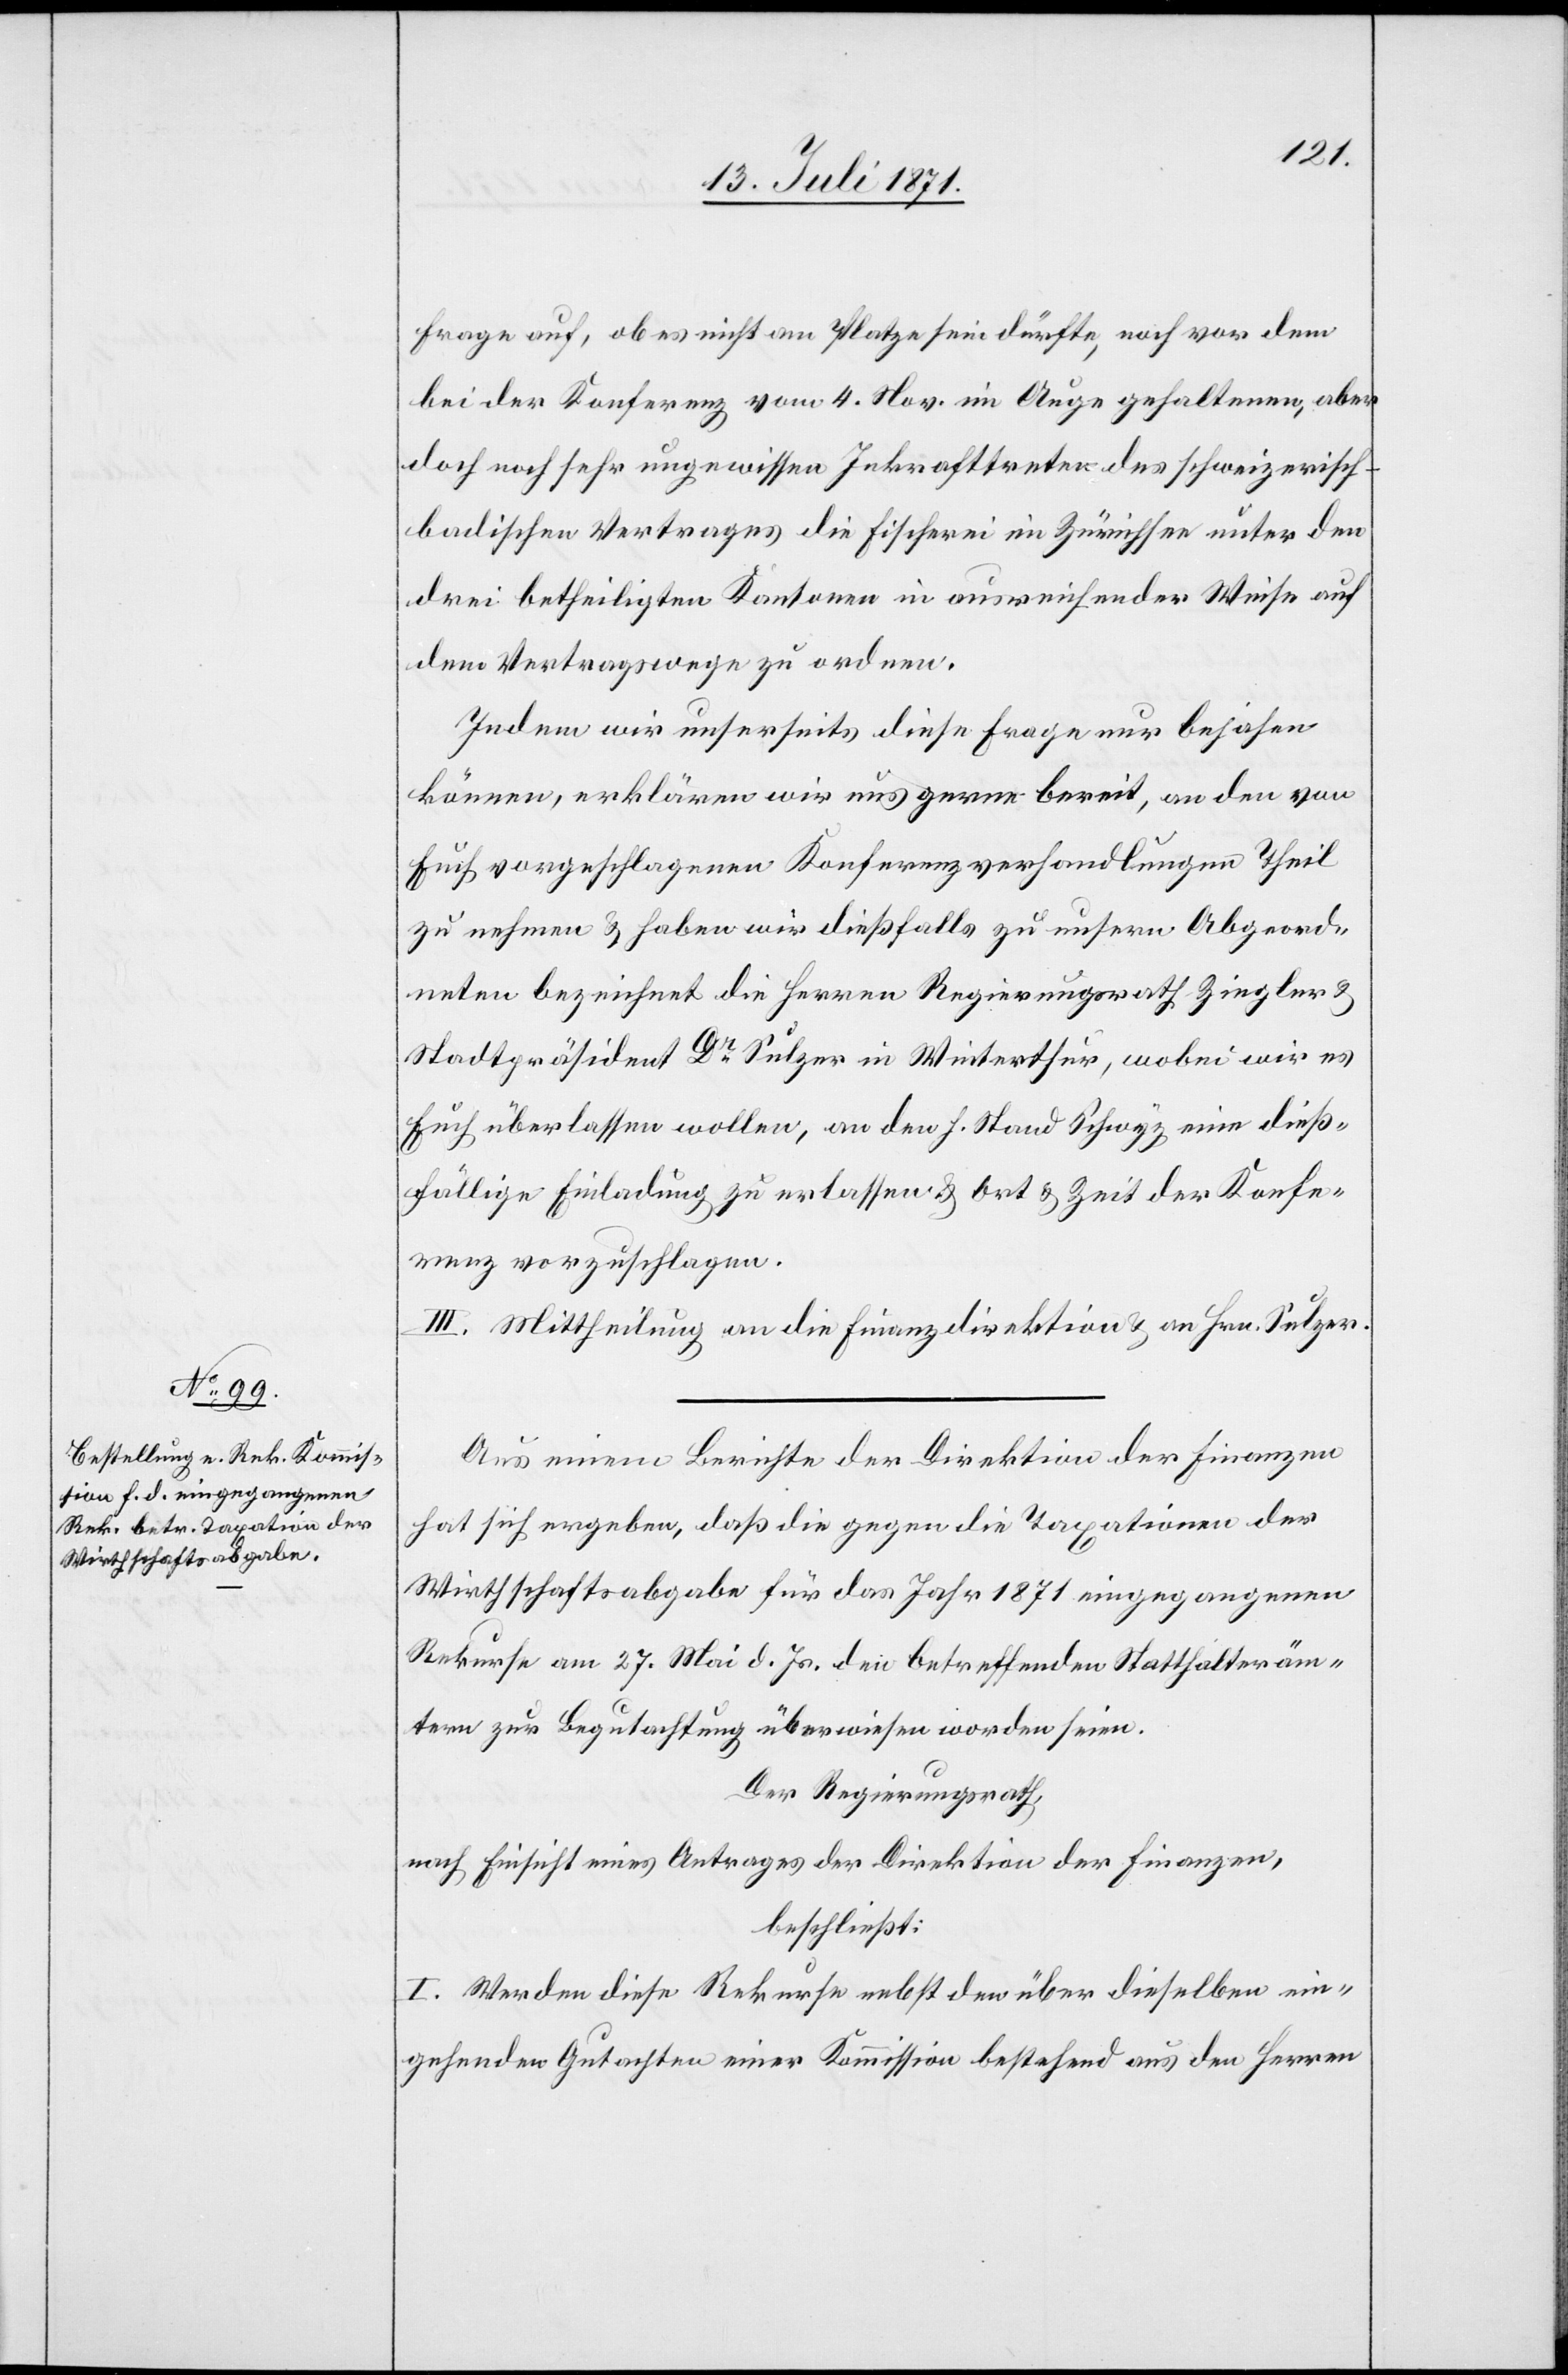
Frage auf, ob es nicht am Platze sein dürfte, noch vor dem
bei der Konferenz vom 4. Nov. im Auge gehaltenen, aber
doch noch sehr ungewissen Inkrafttreten des schweizerisc¬
h-badischen Vertrages die Fischerei im Zürichsee unter den
drei betheiligten Kantonen in ausreichender Weise auf
dem Vertragswege zu ordnen.
Indem wir unserseits diese Frage nur bejahen
können, erklären wir uns gerne bereit, an den von
Euch vorgeschlagenen Konferenzverhandlungen Theil
zu nehmen u. haben wir dießfalls zu unsern Abgeord¬
neten bezeichnet die Herren Regierungsrath Ziegler u.
Stadtpräsident Dr. Sulzer in Winterthur, wobei wir es
Euch überlassen wollen, an den H. Stand Schwyz eine dieß¬
fällige Einladung zu erlassen u. Ort u. Zeit der Konfe¬
renz vorzuschlagen.
III. Mittheilung an die Finanzdirektion u. an Hrn. Sulzer.
Aus einem Berichte der Direktion der Finanzen
hat sich ergeben, daß die gegen die Taxationen der
Wirthschaftsabgabe für das Jahr 1871 eingegangenen
Rekurse am 27. Mai d. Js. den betreffenden Statthalteräm¬
tern zur Begutachtung überwiesen worden seien.
Der Regierungsrath,
nach Einsicht eines Antrages der Direktion der Finanzen,
beschließt:
I. Werden diese Rekurse nebst den über dieselben ein¬
gehenden Gutachten einer Kommission bestehend aus den Herren